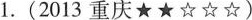
1. (2013重庆★★☆☆☆)